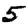
Digit: 5